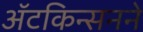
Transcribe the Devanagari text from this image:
ॲटकिन्सनने